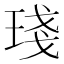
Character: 琖